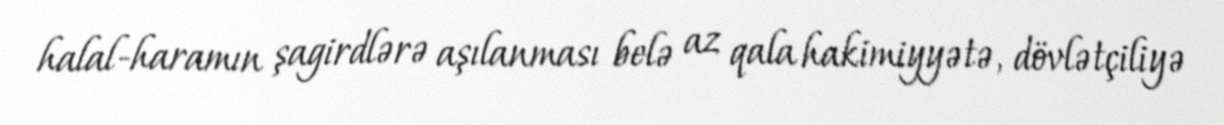
halal-haramın şagirdlərə aşılanması belə az qala hakimiyyətə, dövlətçiliyə